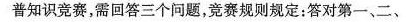
普知识竞赛，需回答三个问题，竞赛规则规定：答对第一、二、